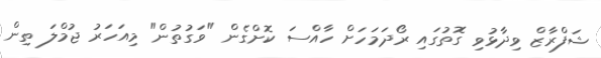
ޝަފްރާޒް ވިދާޅުވި ގޮތުގައި ރޯދަމަހަށް ހާއްސަ ކޮށްގެން "ވަގުތުން" މިއަހަރު ޖުމްލަ ތިން